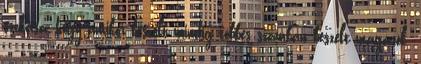
szokása, hogy amikor beszélt mindig többes számban beszélt magáról.